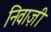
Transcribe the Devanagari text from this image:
निवाज़ी